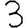
Digit: 3